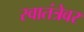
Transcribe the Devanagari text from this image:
स्वातंत्रेवर